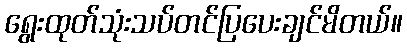
ရွေးထုတ်သုံးသပ်တင်ပြပေးချင်မိတယ်။